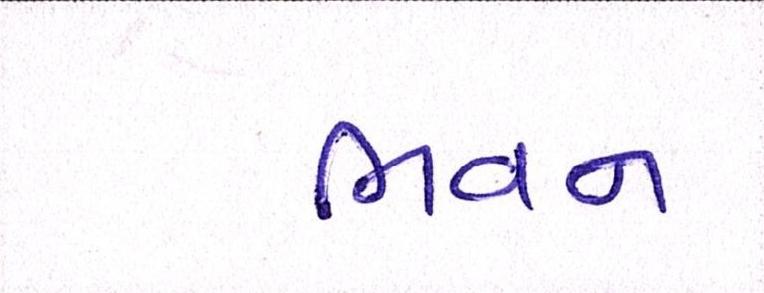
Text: ભવન